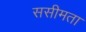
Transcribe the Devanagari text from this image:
ससीमता